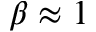
\beta \approx 1